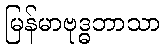
မြန်မာဗုဒ္ဓဘာသာ